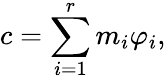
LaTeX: c=\sum_{i=1}^{r}m_{i}\varphi_{i},